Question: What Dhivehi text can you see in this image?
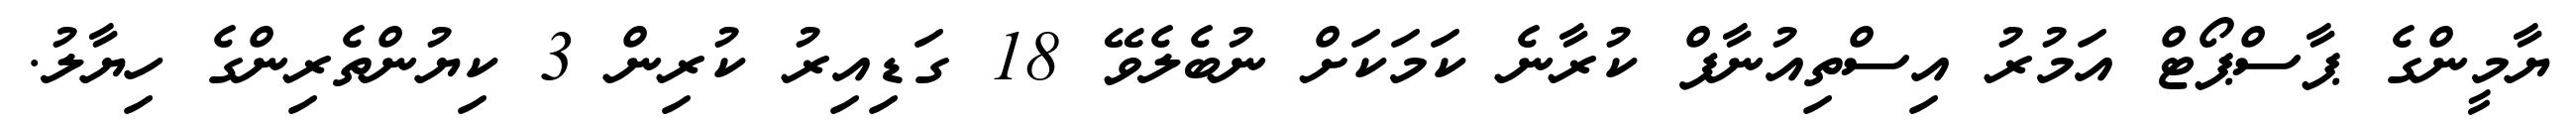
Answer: ޔާމީންގެ ޕާސްޕޯޓް އަމުރު އިސްތިއުނާފް ކުރާނެ ކަމަކަށް ނުބެލެވޭ 18 ގަޑިއިރު ކުރިން 3 ކިޔުންތެރިންގެ ހިޔާލު.